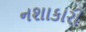
નશાકારી